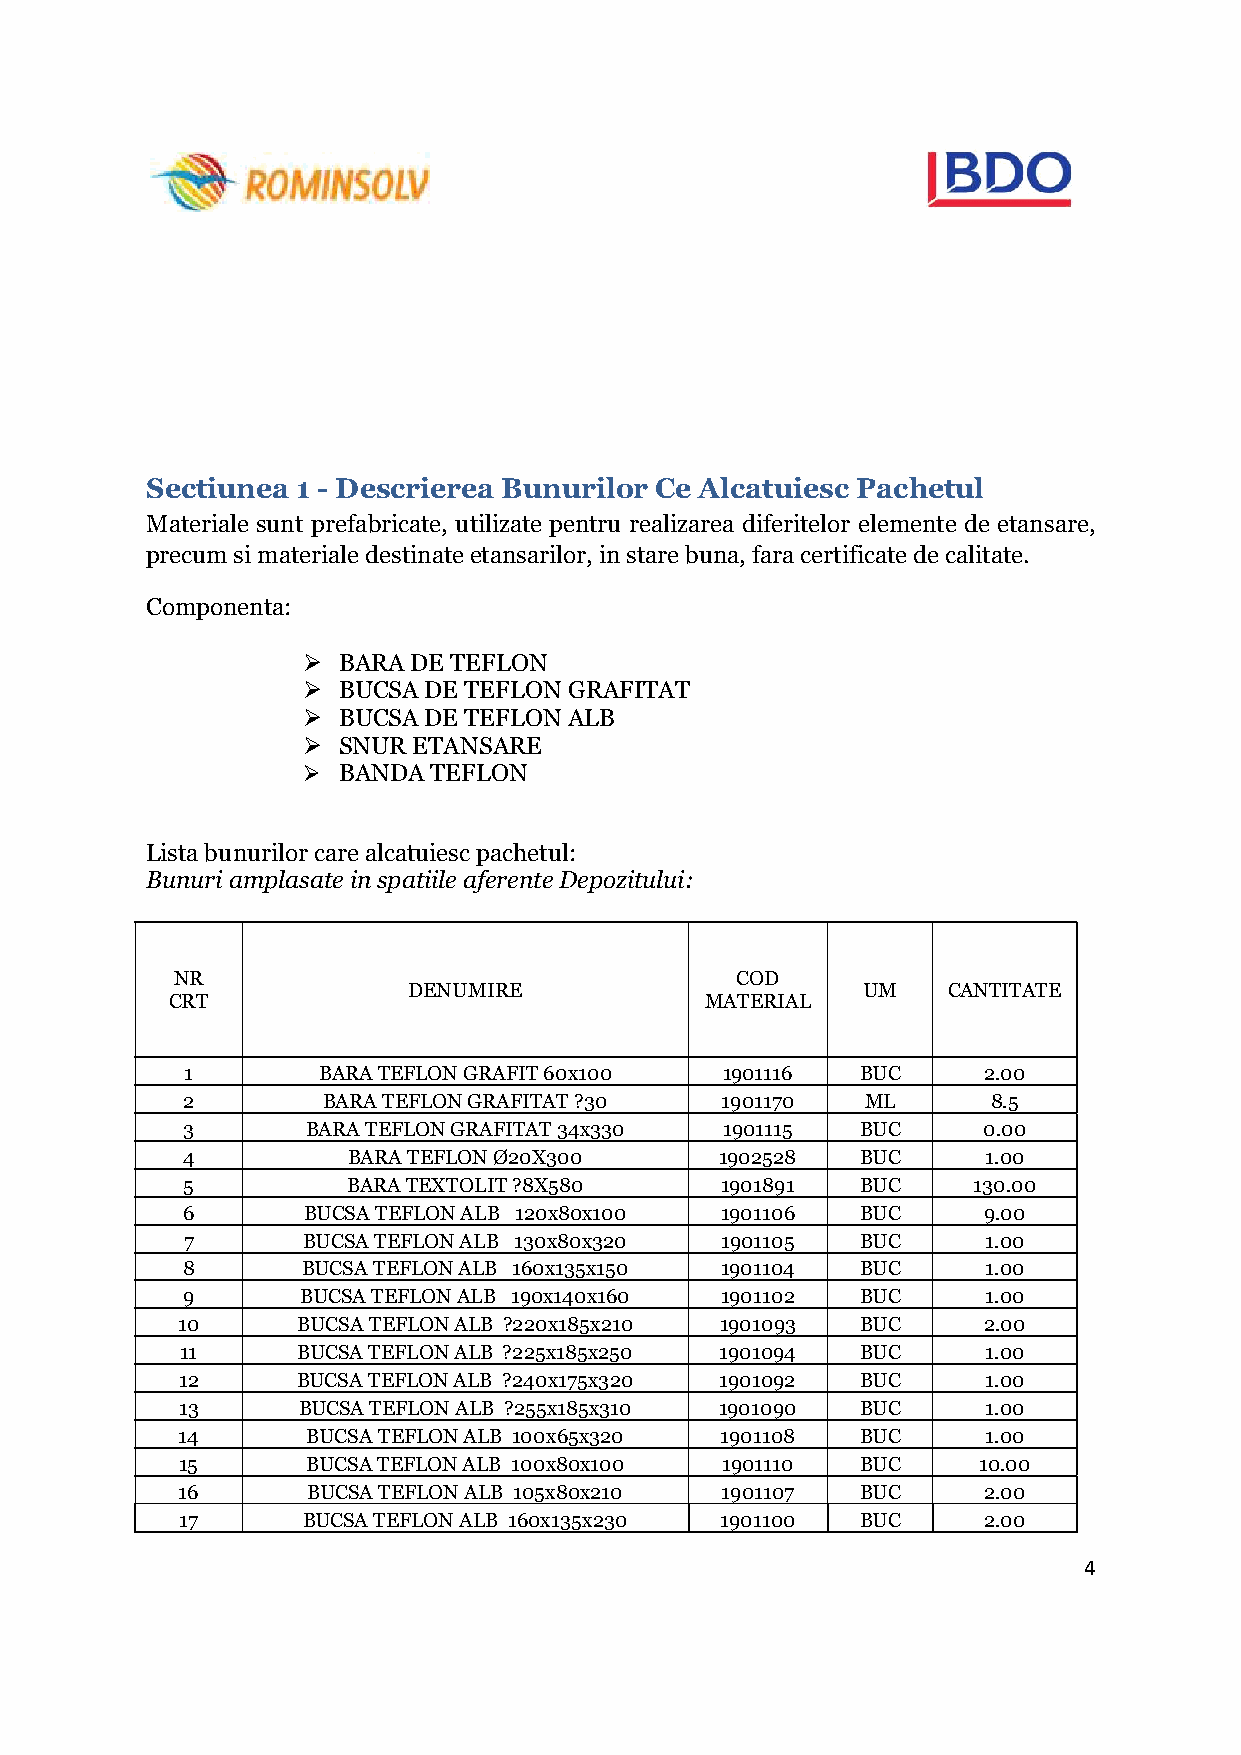
Sectiunea 1 - Descrierea Bunurilor Ce Alcatuiesc Pachetul
 Materiale sunt prefabricate, utilizate pentru realizarea diferitelor elemente de etansare,
 precum si materiale destinate etansarilor, in stare buna, fara certificate de calitate.
 Componenta:
  BARA DE TEFLON
  BUCSA DE TEFLON GRAFITAT
  BUCSA DE TEFLON ALB
  SNUR ETANSARE
  BANDA  TEFLON
 Lista bunurilor care alcatuiesc pachetul:
 Bunuri amplasate in spatiile aferente Depozitului:
 NR                                   COD
 DENUMIRE                      UM    CANTITATE
 CRT                                 MATERIAL
 1        BARA TEFLON GRAFIT 60x100  1901116  BUC     2.00
 2        BARA TEFLON GRAFITAT ?30   1901170  ML       8.5
 3       BARA TEFLON GRAFITAT 34x330 1901115  BUC     0.00
 4          BARA TEFLON Ø20X300      1902528  BUC     1.00
 5          BARA TEXTOLIT ?8X580     1901891  BUC    130.00
 6       BUCSA TEFLON ALB 120x80x100 1901106  BUC     9.00
 7       BUCSA TEFLON ALB 130x80x320 1901105  BUC     1.00
 8       BUCSA TEFLON ALB 160x135x150 1901104 BUC     1.00
 9       BUCSA TEFLON ALB 190x140x160 1901102 BUC     1.00
 10      BUCSA TEFLON ALB ?220x185x210 1901093 BUC    2.00
 11      BUCSA TEFLON ALB ?225x185x250 1901094 BUC    1.00
 12      BUCSA TEFLON ALB ?240x175x320 1901092 BUC    1.00
 13      BUCSA TEFLON ALB ?255x185x310 1901090 BUC    1.00
 14      BUCSA TEFLON ALB 100x65x320 1901108  BUC     1.00
 15      BUCSA TEFLON ALB 100x80x100 1901110  BUC     10.00
 16      BUCSA TEFLON ALB 105x80x210 1901107  BUC     2.00
 17      BUCSA TEFLON ALB 160x135x230 1901100 BUC     2.00
 4